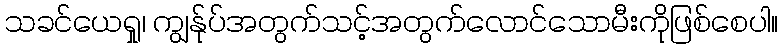
သခင်ယေရှု၊ ကျွန်ုပ်အတွက်သင့်အတွက်လောင်သောမီးကိုဖြစ်စေပါ။